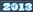
2013